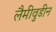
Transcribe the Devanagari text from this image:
लैमीवुडीन